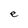
Character: e